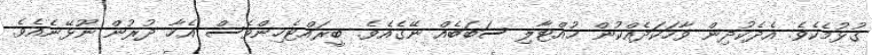
ގުޅުމެކެވެ. އެދެކުދިން ވާހަކަދެއްކުން ހުއްޓާލި ސަބަބެއް ނޭގެއެވެ. ބީރައްޓެހިންވެސް އެހާ ދުރުން ނޫޅޭނެއެވެ.